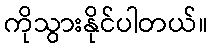
ကိုသွားနိုင်ပါတယ်။